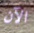
الآن